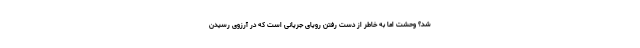
شد؟ وحشت اما به خاطر از دست رفتن رویای جریانی است که در آرزوی رسیدن